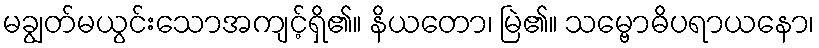
မချွတ်မယွင်းသောအကျင့်ရှိ၏။ နိယတော၊ မြဲ၏။ သမ္ဗောဓိပရာယနော၊